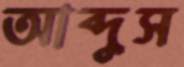
আব্দুস